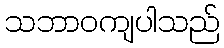
သဘာဝကျပါသည်